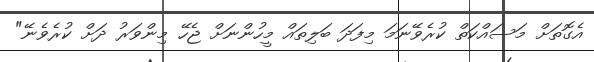
އެގޮތަށް މަސައްކަތް ކުރެވޭނަމަ މިފަދަ ބަލިތައް މީހުންނަށް ޖެހޭ މިންވަރު ދަށް ކުރެވެނޭ"